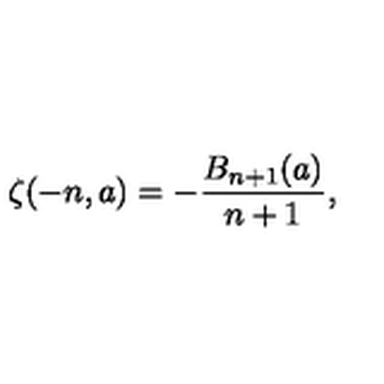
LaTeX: \zeta ( - n , a ) = - \frac { B _ { n + 1 } ( a ) } { n + 1 } ,